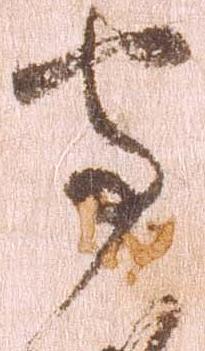
守